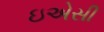
ઇએસી